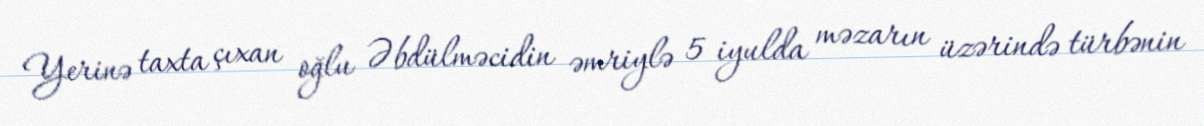
Yerinə taxta çıxan oğlu Əbdülməcidin əmriylə 5 iyulda məzarın üzərində türbənin